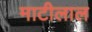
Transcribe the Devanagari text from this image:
माटीलाल